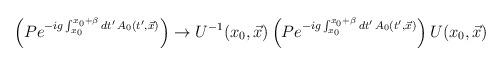
LaTeX: \begin{align*}\left(P e^{-ig\int_{x_{0}}^{x_{0}+\beta} dt'\,A_{0}(t',\vec{x})}\right)\rightarrow U^{-1}(x_{0},\vec{x})\left(P e^{-ig\int_{x_{0}}^{x_{0}+\beta} dt'\,A_{0}(t',\vec{x})}\right)U(x_{0},\vec{x})\end{align*}